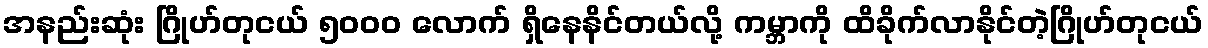
အနည်းဆုံး ဂြိုဟ်တုငယ် ၅၀၀၀ လောက် ရှိနေနိင်တယ်လို့ ကမ္ဘာကို ထိခိုက်လာနိုင်တဲ့ဂြိုဟ်တုငယ်